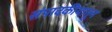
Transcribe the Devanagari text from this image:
संपादकीयातून